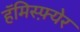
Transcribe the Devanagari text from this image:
हॅमिस्फ़्येर